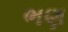
ભણ